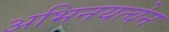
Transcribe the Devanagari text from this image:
अभिनयत्वेन